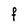
Character: F